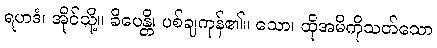
ရဟဒံ၊ အိုင်သို့။ ခိပေန္တိ၊ ပစ်ချကုန်၏။ သော၊ ထိုအမိကိုသတ်သော